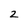
Character: 2